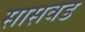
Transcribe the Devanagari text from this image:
सासवड